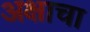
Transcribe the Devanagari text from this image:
अक्षाचा